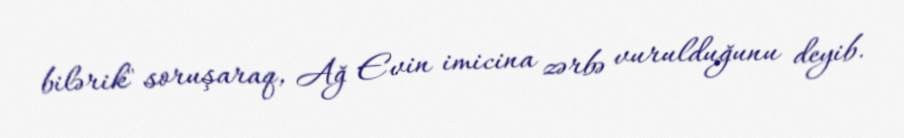
bilərik" soruşaraq, Ağ Evin imicina zərbə vurulduğunu deyib.